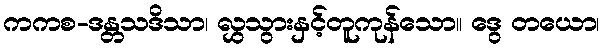
ကကစ-ဒန္တသဒိသာ၊ လွှသွားနှင့်တူကုန်သော။ ဒွေ တယော၊